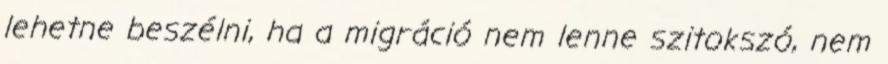
lehetne beszélni, ha a migráció nem lenne szitokszó, nem